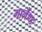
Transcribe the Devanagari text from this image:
गार्लैण्ड